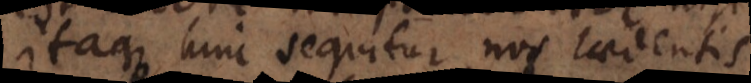
Itaque hinc sequitur nos laedenti